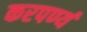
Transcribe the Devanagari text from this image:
करपण्यं